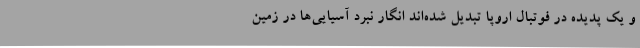
و یک پدیده در فوتبال اروپا تبدیل شده‌اند انگار نبرد آسیایی‌ها در زمین